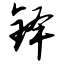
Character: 铎